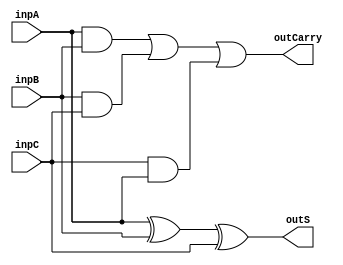
`timescale 1ns / 1ps
//////////////////////////////////////////////////////////////////////////////////
// Company: 
// Engineer: 
// 
// Design Name: 
// Module Name: full_adder
// Project Name: 
// Target Devices: 
// Tool Versions: 
// Description: 
// 
// Dependencies: 
// 
// Revision:
// Revision 0.01 - File Created
// Additional Comments:
// 
//////////////////////////////////////////////////////////////////////////////////


module full_adder(inpA, inpB, inpC, outS, outCarry);

input inpA, inpB, inpC;
output outS, outCarry;

assign outS = inpA^inpB^inpC;
assign outCarry = (inpA&inpB)|(inpB&inpC)|(inpC&inpA);

endmodule